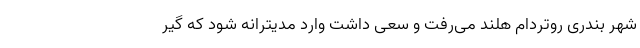
شهر بندری روتردام هلند می‌رفت و سعی داشت وارد مدیترانه شود که گیر